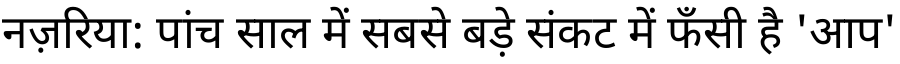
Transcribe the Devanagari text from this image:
नज़रिया: पांच साल में सबसे बड़े संकट में फँसी है 'आप'